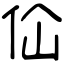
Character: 佡